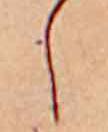
し